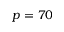
p = 7 0